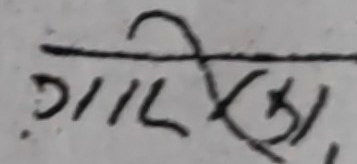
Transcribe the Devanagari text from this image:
गलेश